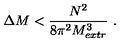
\Delta M < { \frac { N ^ { 2 } } { 8 \pi ^ { 2 } M _ { e x t r } ^ { 3 } } } \ .